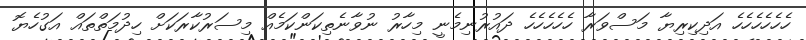
ހެހެހެހެހެހެ އަދިކިރިޔާ މަސްވަރާ ހެހެހެހެހެ ދައުރުނިމެނީ މިހާރު ނުވާނެތިކަންކަމެއް މިސަރުކާރަކަށް ހިދުމަތްތައް އަގުހެޔޮ